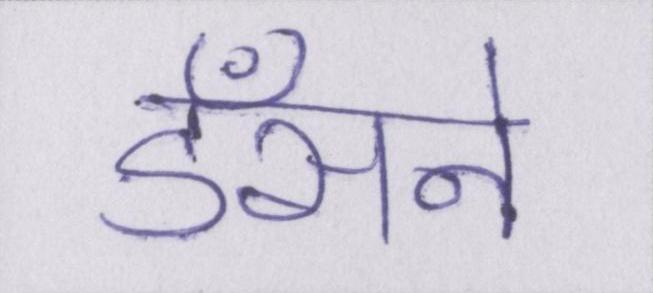
डँसने